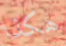
هكذا